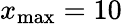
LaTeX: x_{\textrm{max}}=10